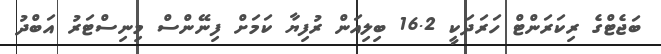
ބަޖެޓްގެ ރިކަރަންޓް ހަރަދަކީ 16.2 ބިލިއަން ރުފިޔާ ކަމަށް ފިނޭންސް މިނިސްޓަރު އަބްދު